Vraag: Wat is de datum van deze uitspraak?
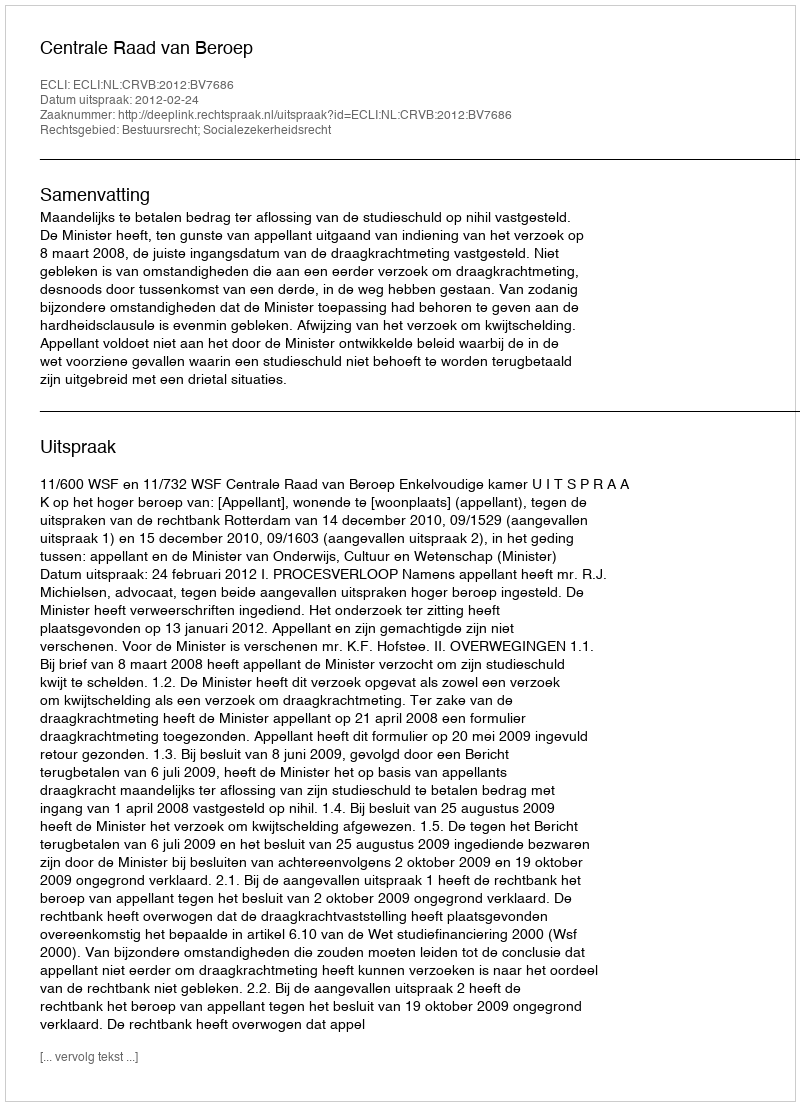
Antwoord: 2012-02-24